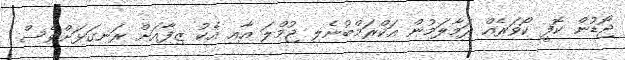
ޖޯޑުން ކޮފީ ކޯވަރެއް ދަމާލަމުން އަކްރަމްބުނެލި ޖުމްލަ އާއި އެކު ޒިފާއަށް ރަނގަޅަށްވެސް